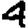
Digit: 4